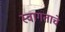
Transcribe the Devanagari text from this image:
स्वागताचे